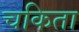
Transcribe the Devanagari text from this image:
चकिता